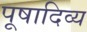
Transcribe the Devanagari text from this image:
पूषादिव्य